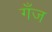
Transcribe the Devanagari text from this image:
गँज